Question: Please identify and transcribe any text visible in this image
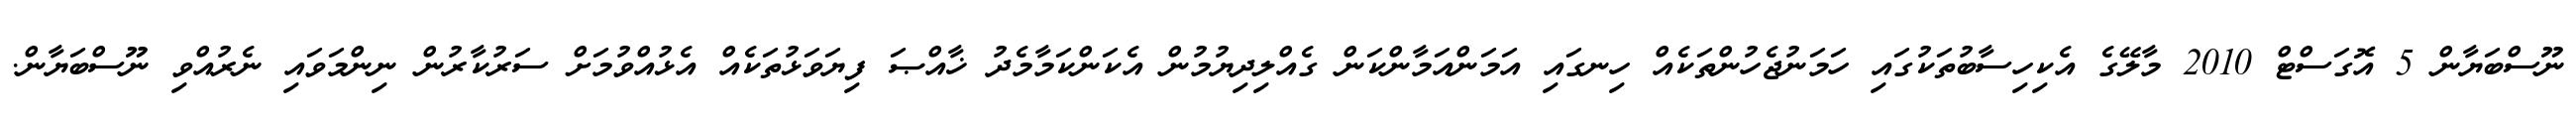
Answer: ނޫސްބަޔާން 5 އޮގަސްޓް 2010 މާލޭގެ އެކިހިސާބުތަކުގައި ހަމަނުޖެހުންތަކެއް ހިނގައި އަމަންއަމާންކަން ގެއްލިދިޔުމުން އެކަންކަމާމެދު ޚާއްޞަ ފިޔަވަޅުތަކެއް އެޅުއްވުމަށް ސަރުކާރުން ނިންމަވައި ނެރުއްވި ނޫސްބަޔާން.